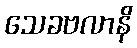
သေခဗလာနိ